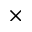
\times